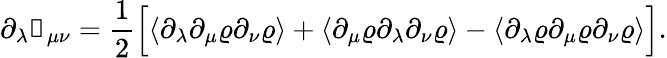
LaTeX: \partial_{\lambda}\mathbb{g}_{\mu\nu}=\frac{1}{2}\Big[\langle\partial_{\lambda}\partial_{\mu}\varrho\partial_{\nu}\varrho\rangle+\langle\partial_{\mu}\varrho\partial_{\lambda}\partial_{\nu}\varrho\rangle-\langle\partial_{\lambda}\varrho\partial_{\mu}\varrho\partial_{\nu}\varrho\rangle\Big].